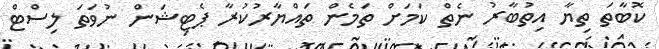
ކޮބާތަ ތިޔާ އިތުބާރު ނެތް ކަމަށް ތަމެން ތައްޔާރުކުރާ ޕެޓިޝަން ނުވަތަ ލިސްޓް